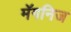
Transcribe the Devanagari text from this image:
मॅगनिज